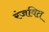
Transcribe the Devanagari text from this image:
रंजवित